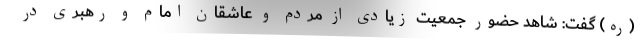
(ره) گفت:‌ شاهد حضور جمعیت زیادی از مردم و عاشقان امام و رهبری در